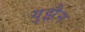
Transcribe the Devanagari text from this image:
युझ़ैन